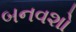
બનવશો